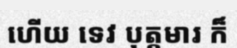
ហើយ ទេវ បុត្តមារ ក៏